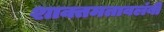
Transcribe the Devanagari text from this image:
शाक्तमतावलंबी